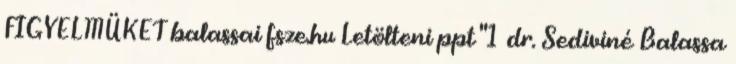
FIGYELMÜKET balassai fsze.hu Letölteni ppt "1 dr. Sediviné Balassa